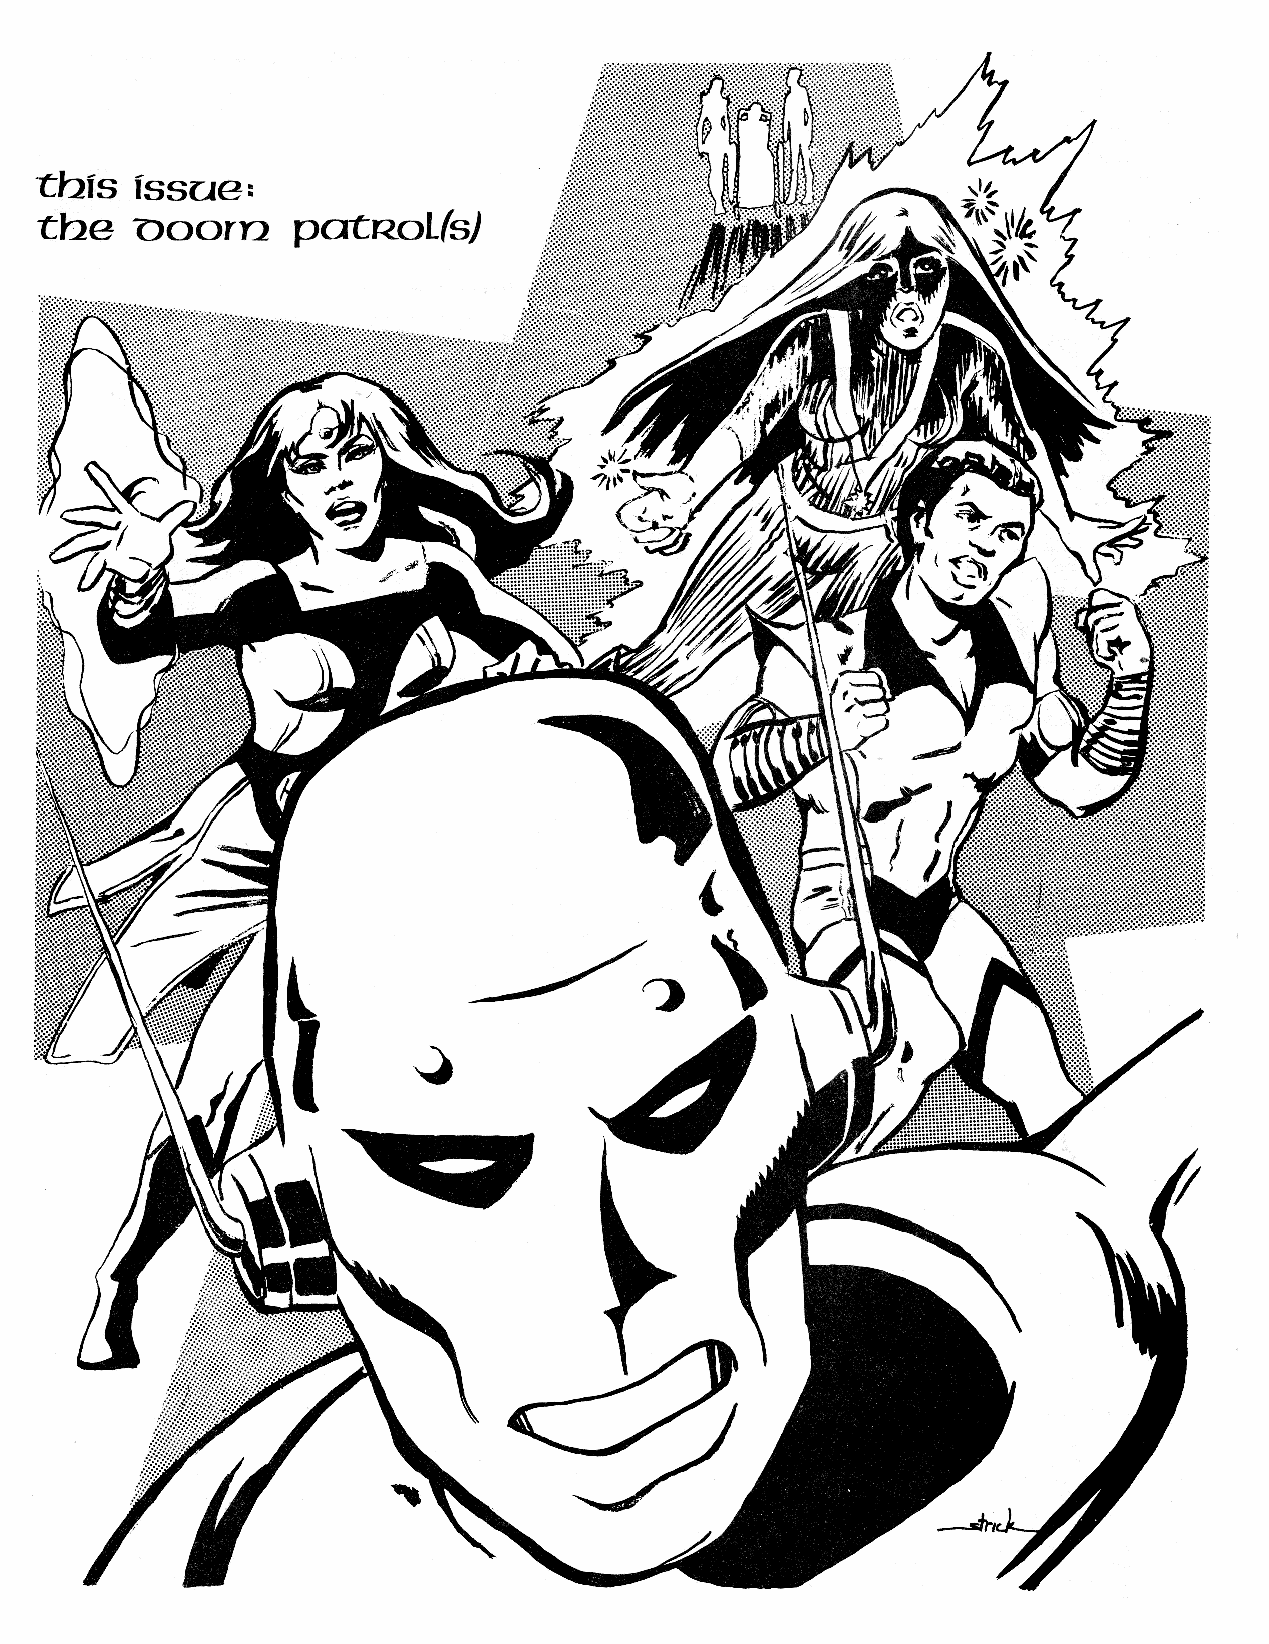
hola_2.indd 20                                                              2/19/13 3:09 PM